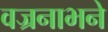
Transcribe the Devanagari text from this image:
वज्रनाभने